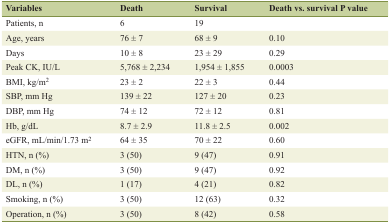
<table><thead><tr><td><b>Variables</b></td><td><b>Death</b></td><td><b>Survival</b></td><td><b>Death vs. survival P value</b></td></tr></thead><tbody><tr><td>Patients, n</td><td>6</td><td>19</td><td></td></tr><tr><td>Age, years</td><td>76 ± 7</td><td>68 ± 9</td><td>0.10</td></tr><tr><td>Days</td><td>10 ± 8</td><td>23 ± 29</td><td>0.29</td></tr><tr><td>Peak CK, IU/L</td><td>5,768 ± 2,234</td><td>1,954 ± 1,855</td><td>0.0003</td></tr><tr><td>BMI, kg/m<sup>2</sup></td><td>23 ± 2</td><td>22 ± 3</td><td>0.44</td></tr><tr><td>SBP, mm Hg</td><td>139 ± 22</td><td>127 ± 20</td><td>0.23</td></tr><tr><td>DBP, mm Hg</td><td>74 ± 12</td><td>72 ± 12</td><td>0.81</td></tr><tr><td>Hb, g/dL</td><td>8.7 ± 2.9</td><td>11.8 ± 2.5</td><td>0.002</td></tr><tr><td>eGFR, mL/min/1.73 m<sup>2</sup></td><td>64 ± 35</td><td>70 ± 22</td><td>0.60</td></tr><tr><td>HTN, n (%)</td><td>3 (50)</td><td>9 (47)</td><td>0.91</td></tr><tr><td>DM, n (%)</td><td>3 (50)</td><td>9 (47)</td><td>0.92</td></tr><tr><td>DL, n (%)</td><td>1 (17)</td><td>4 (21)</td><td>0.82</td></tr><tr><td>Smoking, n (%)</td><td>3 (50)</td><td>12 (63)</td><td>0.32</td></tr><tr><td>Operation, n (%)</td><td>3 (50)</td><td>8 (42)</td><td>0.58</td></tr></tbody></table>